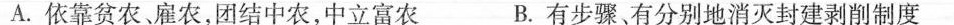
A.依靠贫农。雇农，团结中农，中立富农 B.有步骤有分别地消灭封建剥削制度